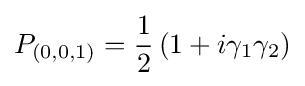
P_{(0,0,1)}={\frac {1}{2}}\left(1+i\gamma _{1}\gamma _{2}\right)